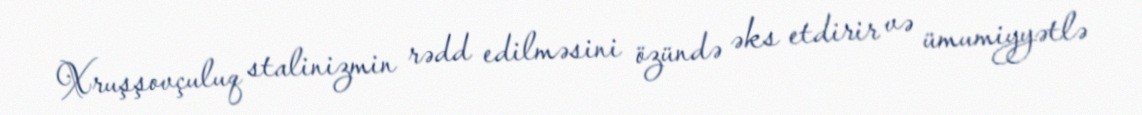
Xruşşovçuluq stalinizmin rədd edilməsini özündə əks etdirir və ümumiyyətlə